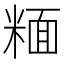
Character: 糆